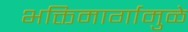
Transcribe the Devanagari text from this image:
भक्तिमार्गामुळे